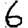
Digit: 6